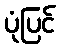
ပုံပြင်